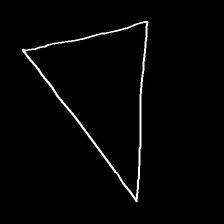
Glyph: convergence